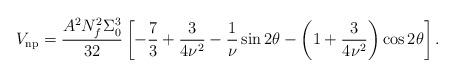
LaTeX: \begin{align*}V_{\rm np}=\frac{A^2N_f^2\Sigma_0^3}{32}\left[-{7\over3}+\frac{3}{4\nu^2}-{1\over \nu}\sin{2\theta}-\left(1+\frac{3}{4\nu^2}\right)\cos{2\theta}\right].\end{align*}